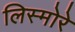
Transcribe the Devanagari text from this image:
लिस्मोरे